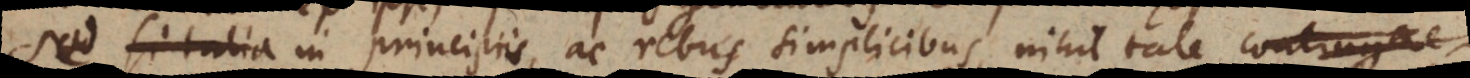
Sed in principiis, ac rebus simplicibus, nihil tale contingere